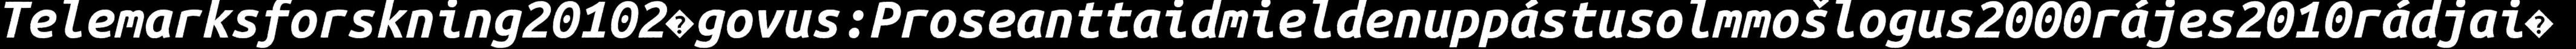
Telemarksforskning20102�govus:Proseanttaidmieldenuppástusolmmošlogus2000rájes2010rádjai�